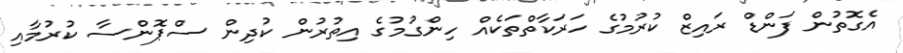
އެގޮތުން ފަންޑް ރައިޒް ކުރުމުގެ ހަރަކާތްތަކެއް ހިންގުމުގެ އިތުރުން ކުދިން ސްޕޮންސާ ކުރުމާއި